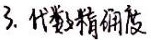
3. 代数精确度